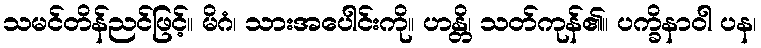
သမင်တိန်ညင်ဖြင့်။ မိဂံ၊ သားအပေါင်းကို။ ဟန္တိ၊ သတ်ကုန်၏။ ပက္ခိနာဝါ ပန၊